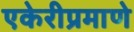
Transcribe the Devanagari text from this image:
एकेरीप्रमाणे